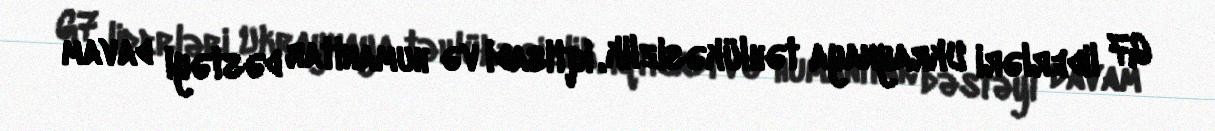
G7 liderləri Ukraynaya təhlükəsizlik, iqtisadi və humanitar dəstəyi davam